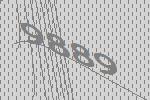
9889